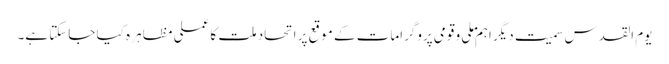
یوم القدس سمیت دیگر اہم ملی و قومی پروگرامات کے موقع پر اتحاد ملت کا عملی مظاہر ہ کیا جاسکتا ہے۔